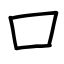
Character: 口